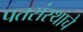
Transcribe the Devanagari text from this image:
पतसंस्थाचे